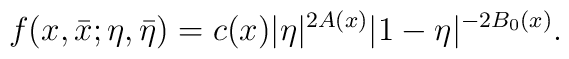
f(x,\bar{x};\eta,\bar{\eta}) = c(x) |\eta|^{2 A(x)} |1-\eta|^{- 2B_0(x)}.